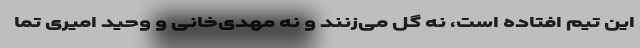
این تیم افتاده است، نه گل می‌زنند و نه مهدی‌خانی و وحید امیری تما